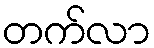
တက်လာ